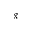
^ g